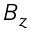
B _ { z }